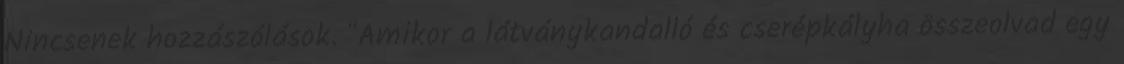
Nincsenek hozzászólások. "Amikor a látványkandalló és cserépkályha összeolvad egy